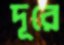
দূরে